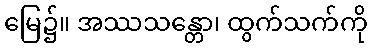
မြေ၌။ အဿသန္တော၊ ထွက်သက်ကို